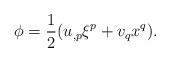
LaTeX: \begin{align*}\phi=\frac{1}{2}(u_{,p}\xi^p+v_qx^q).\end{align*}